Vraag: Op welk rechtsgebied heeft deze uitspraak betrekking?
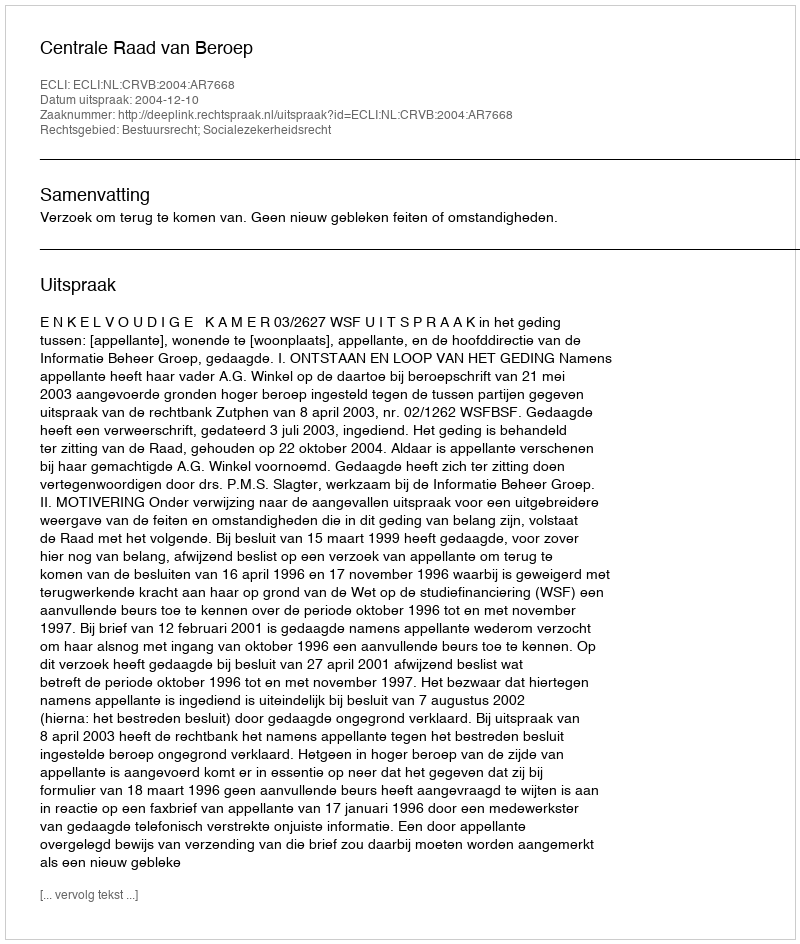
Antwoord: Bestuursrecht; Socialezekerheidsrecht